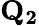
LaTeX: \mathbf{Q_{2}}